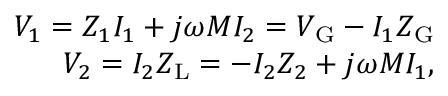
\begin{array} { r } { V _ { 1 } = Z _ { 1 } I _ { 1 } + j \omega M I _ { 2 } = V _ { \mathrm { G } } - I _ { 1 } Z _ { \mathrm { G } } } \\ { V _ { 2 } = I _ { 2 } Z _ { \mathrm { L } } = - I _ { 2 } Z _ { 2 } + j \omega M I _ { 1 } , } \end{array}